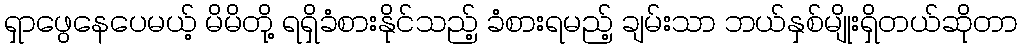
ရှာဖွေနေပေမယ့် မိမိတို့ ရရှိခံစားနိုင်သည့် ခံစားရမည့် ချမ်းသာ ဘယ်နှစ်မျိုးရှိတယ်ဆိုတာ